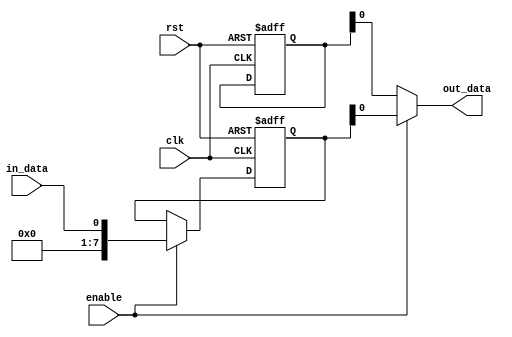
module bypass_register (
  input wire clk,    // clock input
  input wire rst,    // reset input
  input wire enable, // enable input
  input wire in_data, // input data
  output wire out_data // output data
);

reg [7:0] reg_data;  // 8-bit register data
reg [7:0] bypass_data; // 8-bit bypass data

always @(posedge clk or posedge rst) begin
  if (rst) begin
    reg_data <= 8'b00000000;
    bypass_data <= 8'b00000000;
  end else if (enable) begin
    reg_data <= in_data;
  end
end

assign out_data = enable ? reg_data : bypass_data;

endmodule